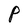
Character: P